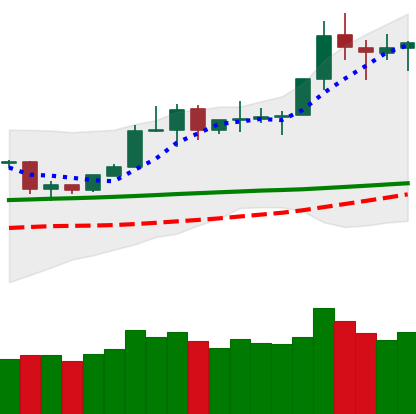
Ticker: TRX-USD
Chart end date: 2020-02-10
Forward return: 6.105%
Label: up_5_7